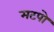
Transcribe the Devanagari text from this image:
मटपो